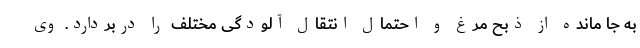
به جا مانده از ذبح مرغ و احتمال انتقال آلودگی مختلف را دربردارد. وی